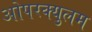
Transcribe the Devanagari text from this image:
ओपरक्युलम